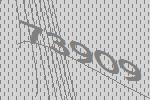
73909